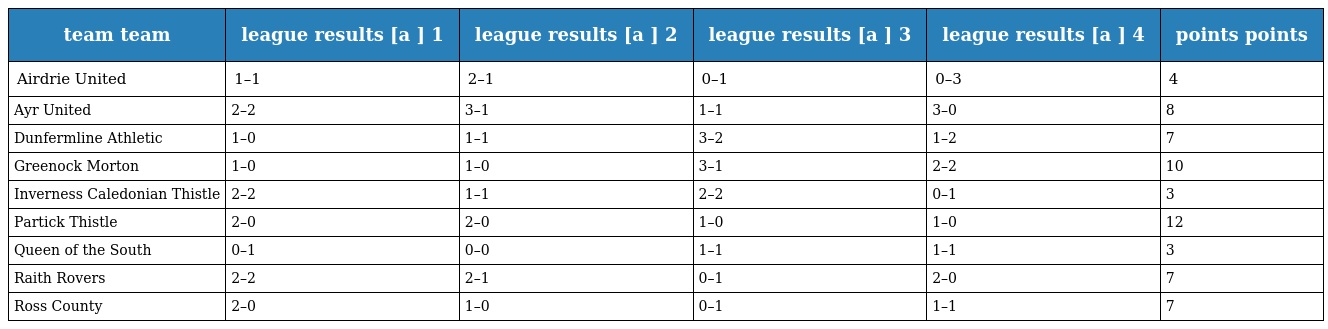
| team team | league results [a ] 1 | league results [a ] 2 | league results [a ] 3 | league results [a ] 4 | points points |
 | --- | --- | --- | --- | --- | --- |
 | Airdrie United | 1–1 | 2–1 | 0–1 | 0–3 | 4 |
 | Ayr United | 2–2 | 3–1 | 1–1 | 3–0 | 8 |
 | Dunfermline Athletic | 1–0 | 1–1 | 3–2 | 1–2 | 7 |
 | Greenock Morton | 1–0 | 1–0 | 3–1 | 2–2 | 10 |
 | Inverness Caledonian Thistle | 2–2 | 1–1 | 2–2 | 0–1 | 3 |
 | Partick Thistle | 2–0 | 2–0 | 1–0 | 1–0 | 12 |
 | Queen of the South | 0–1 | 0–0 | 1–1 | 1–1 | 3 |
 | Raith Rovers | 2–2 | 2–1 | 0–1 | 2–0 | 7 |
 | Ross County | 2–0 | 1–0 | 0–1 | 1–1 | 7 |